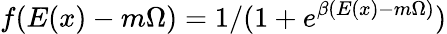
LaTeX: f(E(x)-m\Omega)=1/(1+e^{\beta(E(x)-m\Omega)})